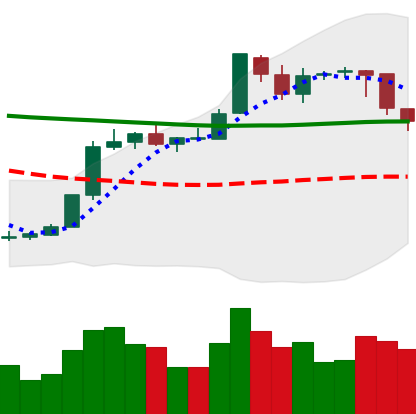
Ticker: BTC-USD
Chart end date: 2018-08-01
Forward return: -8.828%
Label: down_7plus